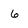
Character: 6